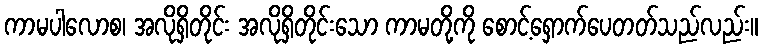
ကာမပါလောစ၊ အလိုရှိတိုင်း အလိုရှိတိုင်းသော ကာမတို့ကို စောင့်ရှောက်ပေတတ်သည်လည်း။